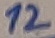
Text: 12